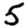
Digit: 5